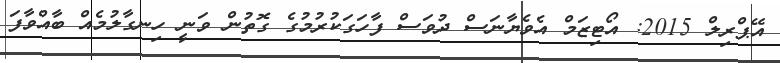
އޭޕްރިލް 2015: އޯޓިޒަމް އެވެޔާނަސް ދުވަސް ފާހަގަކުރުމުގެ ގޮތުން ވަނީ ހިނގާލުމެއް ބާއްވާފަ